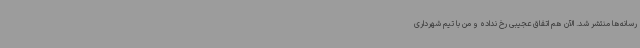
رسانه‌ها منتشر شد. الآن هم اتفاق عجیبی رخ نداده و من با تیم شهرداری